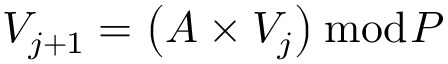
V _ { j + 1 } = \left( A \times V _ { j } \right) { \bmod { P } }